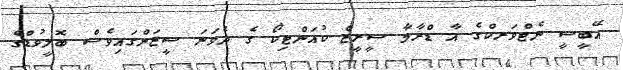
އޭބީސީ ނެޓްވަރކްގެ އާ ޑްރާމާ ސީރީޒް ކުއަންޓިކޯ ގެ ދެވަނަ ސީޒަންގައިވެސް ބޮލީވުޑްގެ